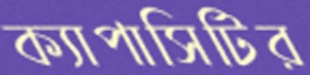
ক্যাপাসিটির